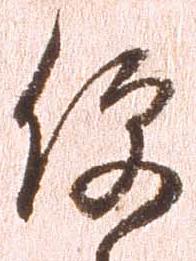
便